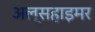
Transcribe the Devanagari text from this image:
अल्सहाइमर